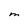
Character: M